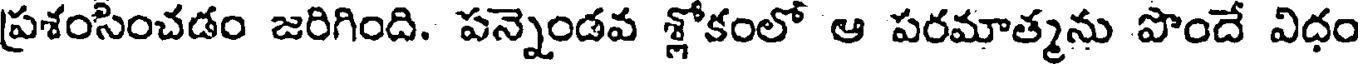
ప్రశంసించడం జరిగింది. పన్నెండవ శ్లోకంలో ఆ పరమాత్మను పొందే విధం